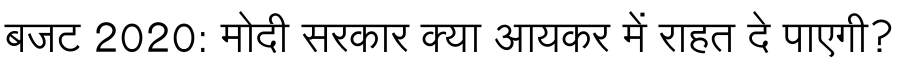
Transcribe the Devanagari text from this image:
बजट 2020: मोदी सरकार क्या आयकर में राहत दे पाएगी?